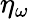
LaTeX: \eta_{\omega}